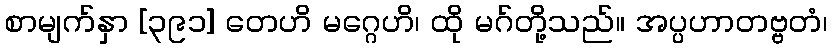
စာမျက်နှာ [၃၉၁] တေဟိ မဂ္ဂေဟိ၊ ထို မဂ်တို့သည်။ အပ္ပဟာတဗ္ဗတံ၊